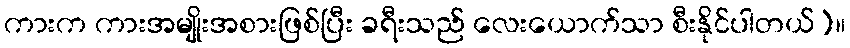
ကားက ကားအမျိုးအစားဖြစ်ပြီး ခရီးသည် လေးယောက်သာ စီးနိုင်ပါတယ်)။